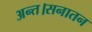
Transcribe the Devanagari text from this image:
अन्त।सनातन